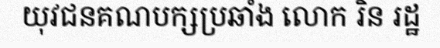
យុវជនគណបក្សប្រឆាំង លោក រិន រដ្ឋ